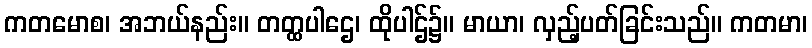
ကတမောစ၊ အဘယ်နည်း။ တတ္ထပါဌေ၊ ထိုပါဌ်၌။ မာယာ၊ လှည့်ပတ်ခြင်းသည်။ ကတမာ၊